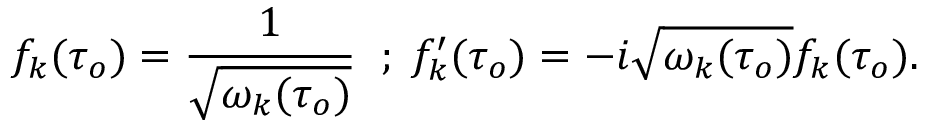
f _ { k } ( \tau _ { o } ) = \frac { 1 } { \sqrt { \omega _ { k } ( \tau _ { o } ) } } \; \; ; \; f _ { k } ^ { \prime } ( \tau _ { o } ) = - i \sqrt { \omega _ { k } ( \tau _ { o } ) } f _ { k } ( \tau _ { o } ) .